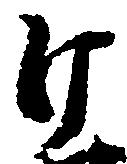
片